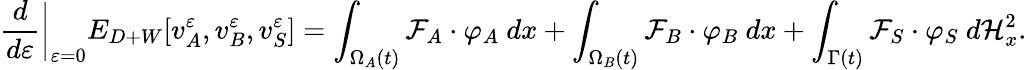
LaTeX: \frac{d}{d\varepsilon}\bigg\vert_{\varepsilon=0}E_{D+W}[v_{A}^{\varepsilon},v_{B}^{\varepsilon},v_{S}^{\varepsilon}]=\int_{\Omega_{A}(t)}\mathcal{F}_{A}\cdot\varphi_{A}{\ }dx+\int_{\Omega_{B}(t)}\mathcal{F}_{B}\cdot\varphi_{B}{\ }dx+\int_{\Gamma(t)}\mathcal{F}_{S}\cdot\varphi_{S}{\ }d\mathcal{H}_{x}^{2}.